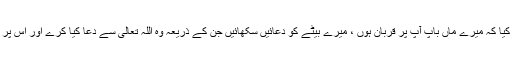
میں نے عرض کیا کہ میرے ماں باپ آپؐ پر قربان ہوں ، میرے بیٹے کو دعائیں سکھائیں جن کے ذریعہ وہ اللہ تعالیٰ سے دعا کیا کرے اور اس پر شفقت فرمائیں ۔